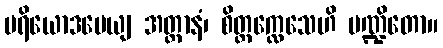
ပရိယောဒပေယျ အတ္တာနံ၊ စိတ္တက္လေသေဟိ ပဏ္ဍိတော။